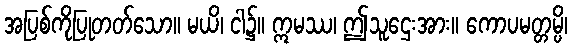
အပြစ်ကိုပြုတတ်သော။ မယိ၊ ငါ၌။ ဣမဿ၊ ဤသူဌေးအား။ ကောပမတ္တမ္ပိ၊